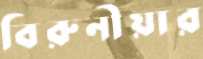
বিরুনীয়ার